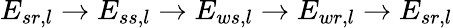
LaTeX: E_{sr,l}\rightarrow E_{ss,l}\rightarrow E_{ws,l}\rightarrow E_{wr,l}\rightarrow E_{sr,l}